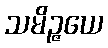
သမိဉ္ဇယေ